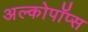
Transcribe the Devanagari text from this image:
अल्कोपॉप्स